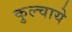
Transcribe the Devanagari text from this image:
कुल्चाये